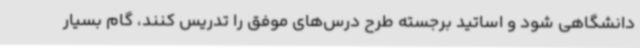
دانشگاهی شود و اساتید برجسته طرح درس‌های موفق را تدریس کنند، گام بسیار